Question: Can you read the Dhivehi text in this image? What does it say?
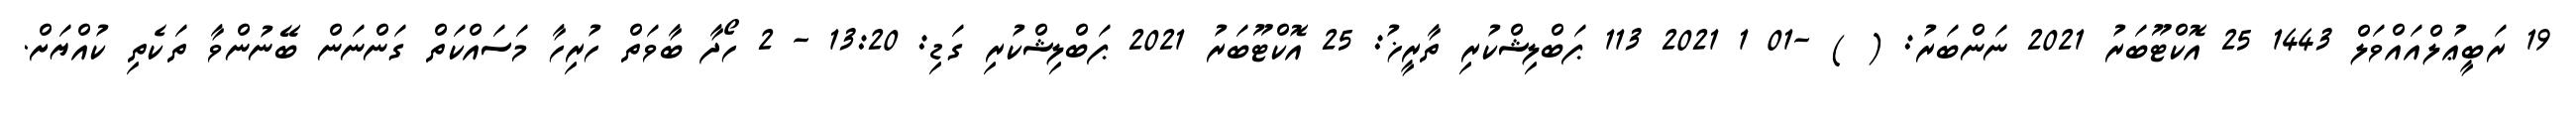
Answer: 19 ރަބީޢުލްއައްވަލް 1443 25 އޮކްޓޫބަރު 2021 ނަންބަރު: ( ) -01 1 2021 113 ޕަބްލިޝްކުރި ތާރީޚު: 25 އޮކްޓޫބަރު 2021 ޕަބްލިޝްކުރި ގަޑި: 13:20 - 2 ހޯދާ ބާވަތް ހުރިހާ މަސައްކަތް ގަންނަން ބޭނުންވާ ތަކެތި ކުއްޔަށް.